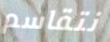
نتقاسم